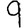
Digit: 9